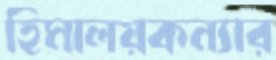
হিমালয়কন্যার